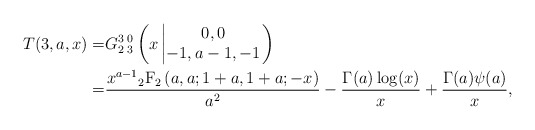
\begin{align*}T(3,a,x)=&G_{2}^3\,{}_3^0\left(x\left|\begin{matrix}0,0 \\-1,a-1,-1\end{matrix}\right.\right)\\=&\frac{x^{a-1}{}_2\mathrm{F}_2\left(a,a; 1+a,1+a; -x\right)}{a^2}-\frac{\Gamma(a)\log(x)}{x}+\frac{\Gamma(a)\psi(a)}{x},\end{align*}